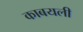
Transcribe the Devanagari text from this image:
काबयली